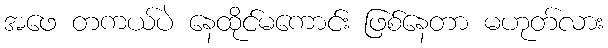
အဖေ တကယ်ပဲ နေထိုင်မကောင်း ဖြစ်နေတာ မဟုတ်လား